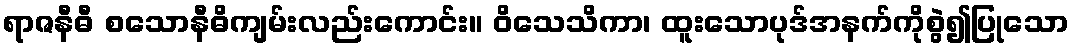
ရာဇနီဓီ စသောနီဓိကျမ်းလည်းကောင်း။ ဝိသေသိကာ၊ ထူးသောပုဒ်အနက်ကိုစွဲ၍ပြုသော